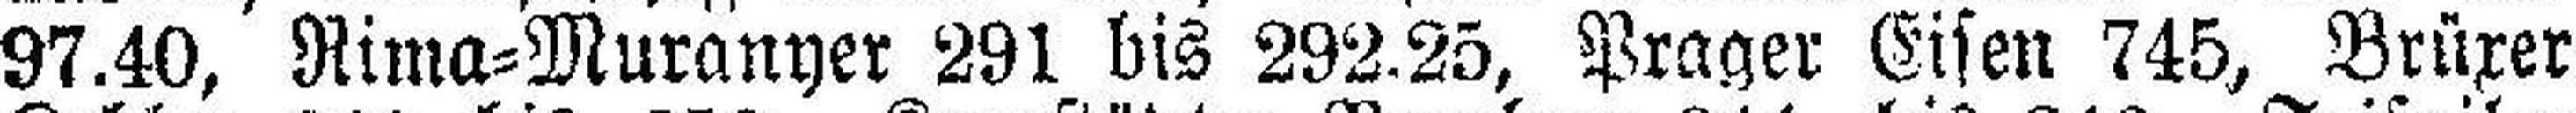
97.40, Rima=Muranyer 291 bis 292.25, Prager Eisen 745, Brüxer